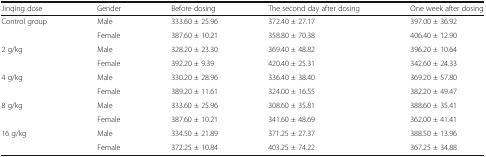
<table><thead><tr><td><b>Jinqing dose</b></td><td><b>Gender</b></td><td><b>Before dosing</b></td><td><b>The second day after dosing</b></td><td><b>One week after dosing</b></td></tr></thead><tbody><tr><td rowspan="2">Control group</td><td>Male</td><td>333.60 ± 25.96</td><td>372.40 ± 27.17</td><td>397.00 ± 36.92</td></tr><tr><td>Female</td><td>387.60 ± 10.21</td><td>358.80 ± 70.38</td><td>406.40 ± 12.90</td></tr><tr><td rowspan="2">2 g/kg</td><td>Male</td><td>328.20 ± 23.30</td><td>369.40 ± 48.82</td><td>396.20 ± 10.64</td></tr><tr><td>Female</td><td>392.20 ± 9.39</td><td>420.40 ± 25.31</td><td>342.60 ± 24.33</td></tr><tr><td rowspan="2">4 g/kg</td><td>Male</td><td>330.20 ± 28.96</td><td>336.40 ± 38.40</td><td>369.20 ± 57.80</td></tr><tr><td>Female</td><td>389.20 ± 11.61</td><td>324.00 ± 16.55</td><td>382.20 ± 49.47</td></tr><tr><td rowspan="2">8 g/kg</td><td>Male</td><td>333.60 ± 25.96</td><td>308.60 ± 35.81</td><td>388.60 ± 35.41</td></tr><tr><td>Female</td><td>387.60 ± 10.21</td><td>341.60 ± 48.69</td><td>362.00 ± 41.41</td></tr><tr><td rowspan="2">16 g/kg</td><td>Male</td><td>334.50 ± 21.89</td><td>371.25 ± 27.37</td><td>388.50 ± 13.96</td></tr><tr><td>Female</td><td>372.25 ± 10.84</td><td>403.25 ± 74.22</td><td>367.25 ± 34.88</td></tr></tbody></table>